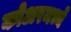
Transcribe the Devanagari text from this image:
कोअरमध्ये